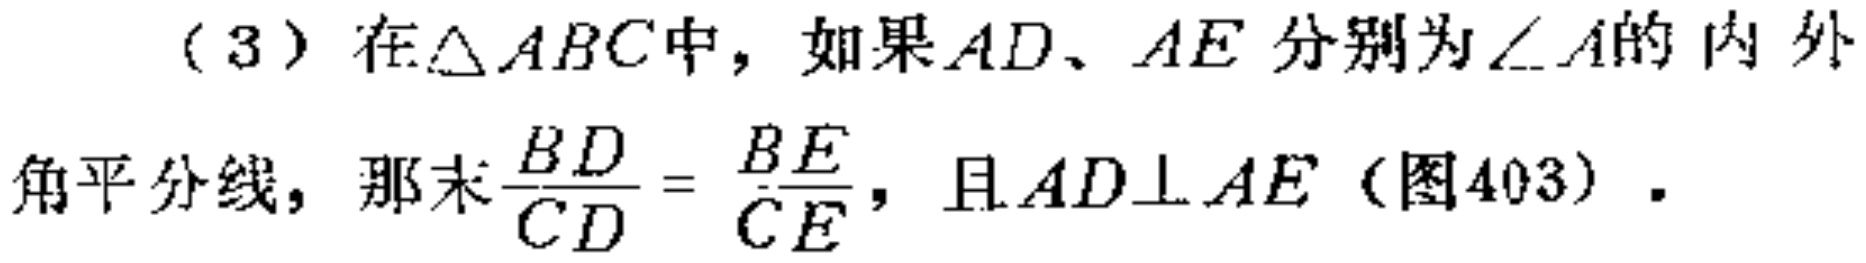
（3）在$\triangle ABC$中，如果$AD、AE$分别为$\angle A$的内外角平分线，那末$\frac{BD}{CD}= \frac{BE}{CE}$，且$AD\perp AE$（图403）.